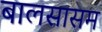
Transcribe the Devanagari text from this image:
बालसासम